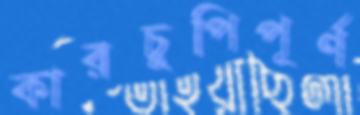
কারচুপিপূর্ণ